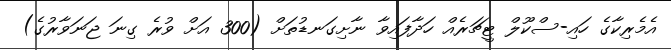
އެމެރިކާގެ ހައި-ސްކޫލް ޓީޗަރެއް ހަދާފައިވާ ނާށިގަނޑުތަށް (300 އަށް ވުރެ ގިނަ ޖަނަވާރުގެ)